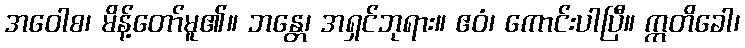
အဝေါစ၊ မိန့်တော်မူ၏။ ဘန္တေ၊ အရှင်ဘုရား။ ဧဝံ၊ ကောင်းပါပြီ။ ဣတိခေါ၊